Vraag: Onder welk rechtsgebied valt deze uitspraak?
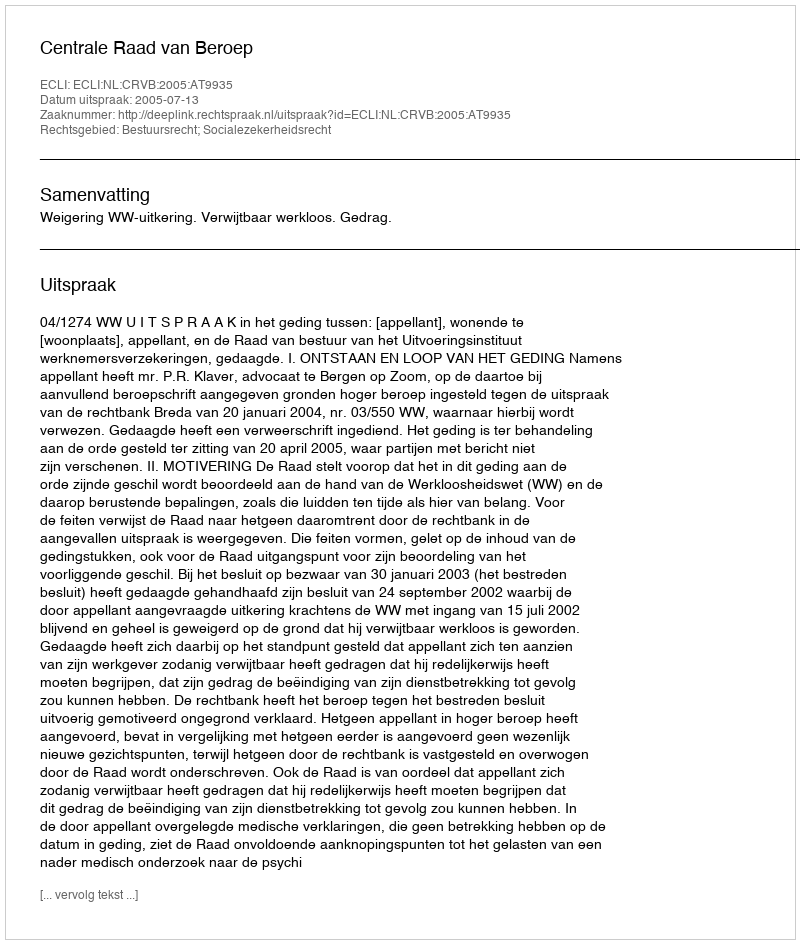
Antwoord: Bestuursrecht; Socialezekerheidsrecht